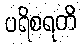
ပရိစရတိ